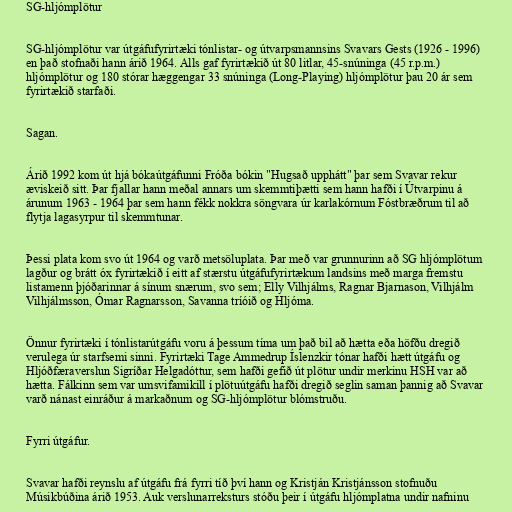
SG-hljómplötur

SG-hljómplötur var útgáfufyrirtæki tónlistar- og útvarpsmannsins Svavars Gests (1926 - 1996)
en það stofnaði hann árið 1964. Alls gaf fyrirtækið út 80 litlar, 45-snúninga (45 r.p.m.)
hljómplötur og 180 stórar hæggengar 33 snúninga (Long-Playing) hljómplötur þau 20 ár sem
fyrirtækið starfaði.

Sagan.

Árið 1992 kom út hjá bókaútgáfunni Fróða bókin "Hugsað upphátt" þar sem Svavar rekur
æviskeið sitt. Þar fjallar hann meðal annars um skemmtiþætti sem hann hafði í Útvarpinu á
árunum 1963 - 1964 þar sem hann fékk nokkra söngvara úr karlakórnum Fóstbræðrum til að
flytja lagasyrpur til skemmtunar.

Þessi plata kom svo út 1964 og varð metsöluplata. Þar með var grunnurinn að SG hljómplötum
lagður og brátt óx fyrirtækið í eitt af stærstu útgáfufyrirtækum landsins með marga fremstu
listamenn þjóðarinnar á sínum snærum, svo sem; Elly Vilhjálms, Ragnar Bjarnason, Vilhjálm
Vilhjálmsson, Ómar Ragnarsson, Savanna tríóið og Hljóma.

Önnur fyrirtæki í tónlistarútgáfu voru á þessum tíma um það bil að hætta eða höfðu dregið
verulega úr starfsemi sinni. Fyrirtæki Tage Ammedrup Íslenzkir tónar hafði hætt útgáfu og
Hljóðfæraverslun Sigríðar Helgadóttur, sem hafði gefið út plötur undir merkinu HSH var að
hætta. Fálkinn sem var umsvifamikill í plötuútgáfu hafði dregið seglin saman þannig að Svavar
varð nánast einráður á markaðnum og SG-hljómplötur blómstruðu.

Fyrri útgáfur.

Svavar hafði reynslu af útgáfu frá fyrri tíð því hann og Kristján Kristjánsson stofnuðu
Músikbúðina árið 1953. Auk verslunarreksturs stóðu þeir í útgáfu hljómplatna undir nafninu